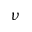
\nu